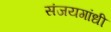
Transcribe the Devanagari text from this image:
संजयगांधी